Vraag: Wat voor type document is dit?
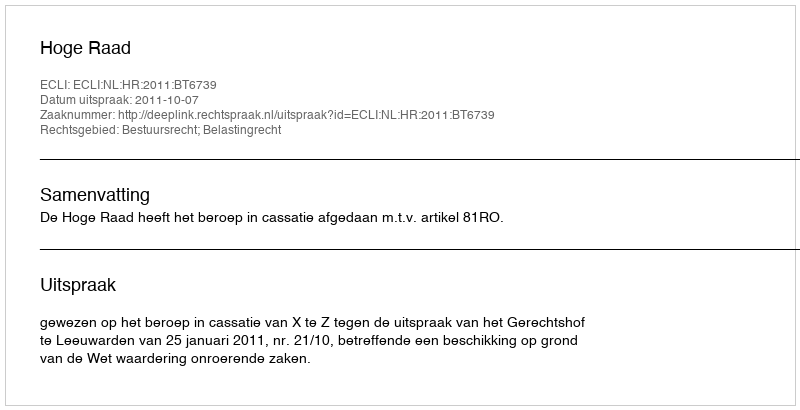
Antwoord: Uitspraak